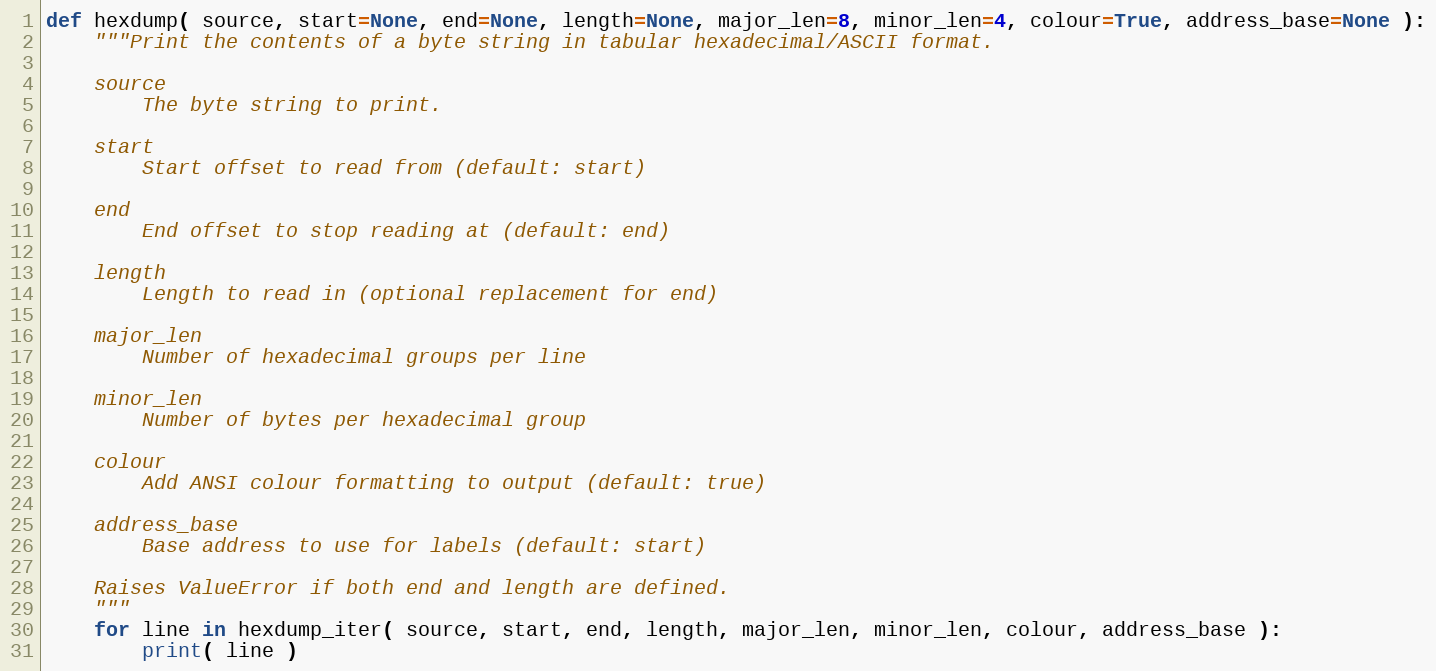
Language: Python
def hexdump( source, start=None, end=None, length=None, major_len=8, minor_len=4, colour=True, address_base=None ):
    """Print the contents of a byte string in tabular hexadecimal/ASCII format.

    source
        The byte string to print.

    start
        Start offset to read from (default: start)

    end
        End offset to stop reading at (default: end)

    length
        Length to read in (optional replacement for end)

    major_len
        Number of hexadecimal groups per line

    minor_len
        Number of bytes per hexadecimal group

    colour
        Add ANSI colour formatting to output (default: true)

    address_base
        Base address to use for labels (default: start)

    Raises ValueError if both end and length are defined.
    """
    for line in hexdump_iter( source, start, end, length, major_len, minor_len, colour, address_base ):
        print( line )